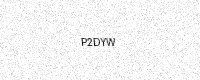
Text: P2DYW